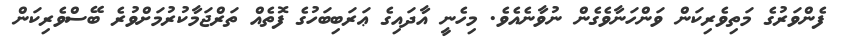
ފެންވަރުގެ މަތިވެރިކަން ވަންހަނާވެގެން ނުވާނެއެވެ. މިހެނީ އާދައިގެ ޢަރަބިބަހުގެ ފޮތެއް ތަރްޖަމާކުރުމަށްވުރެ ބޭސްވެރިކަން